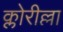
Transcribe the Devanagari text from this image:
क्लोरील्ला